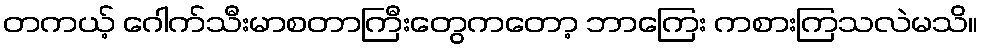
တကယ့် ဂေါက်သီးမာစတာကြီးတွေကတော့ ဘာကြေး ကစားကြသလဲမသိ။